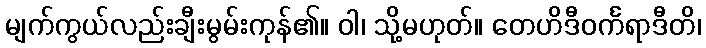
မျက်ကွယ်လည်းချီးမွမ်းကုန်၏။ ဝါ၊ သို့မဟုတ်။ တေဟိဒီဝင်္ကရာဒီတိ၊